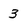
Character: 3